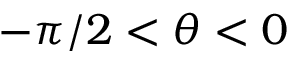
- \pi / 2 < \theta < 0